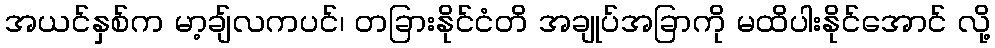
အယင်နှစ်က မာ့ချ်လကပင်၊ တခြားနိုင်ငံတိ အချုပ်အခြာကို မထိပါးနိုင်အောင် လို့